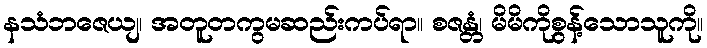
နသံဘဇေယျ၊ အတူတကွမဆည်းကပ်ရာ။ စဇန္တံ၊ မိမိကိုစွန့်သောသူကို။